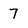
Character: 7